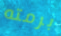
برمته